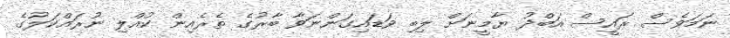
ނަމަވެސް ރައީސް އަބްދު ޔާމީނަށް ލިބި ވަޑައިގަންނަވާ ބާރުގެ ތެރެއިން ކުއްލި ނުރައްކަލުގެ